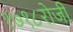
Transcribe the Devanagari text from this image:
१७१८रोजी